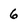
Character: 6